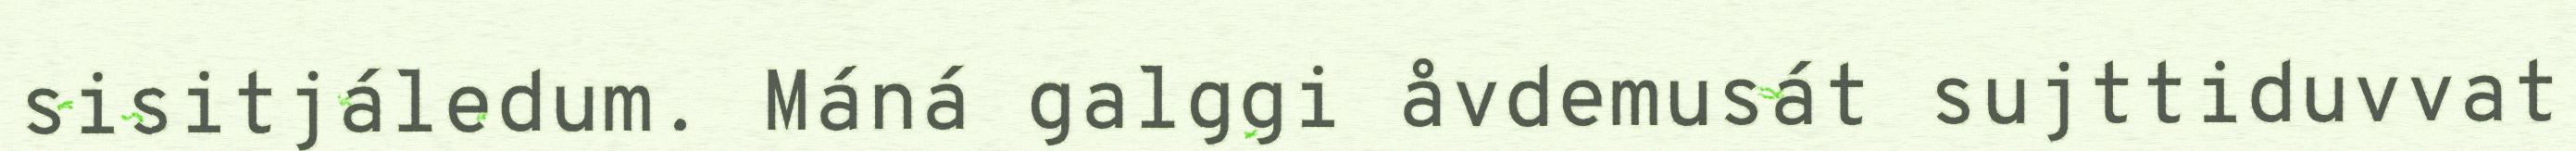
sisitjáledum. Máná galggi åvdemusát sujttiduvvat